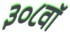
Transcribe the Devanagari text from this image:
३०८वॉ